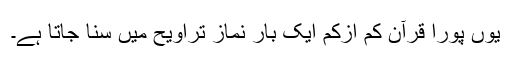
یوں پورا قرآن کم ازکم ایک بار نماز تراویح میں سنا جاتا ہے۔